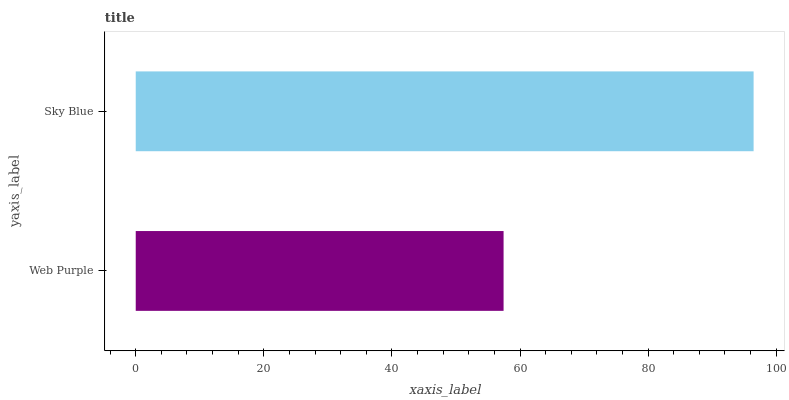
| yaxis_label | bars |
 | --- | --- |
 | Web Purple | 57.4 |
 | Sky Blue | 96.5 |